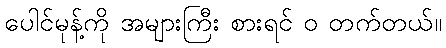
ပေါင်မုန့်ကို အများကြီး စားရင် ဝ တက်တယ်။